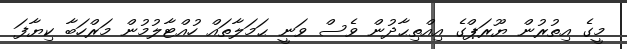
މީގެ އިތުރުން ޔޫރަޕްގެ އިއްތިޙާދުން ވެސް ވަނީ ޙަމަލާތައް ހުއްޓާލުމުން މަރްހަބާ ކިޔާފަ